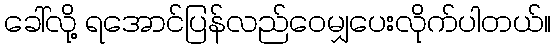
ခေါ်လို့ ရအောင်ပြန်လည်ဝေမျှပေးလိုက်ပါတယ်။